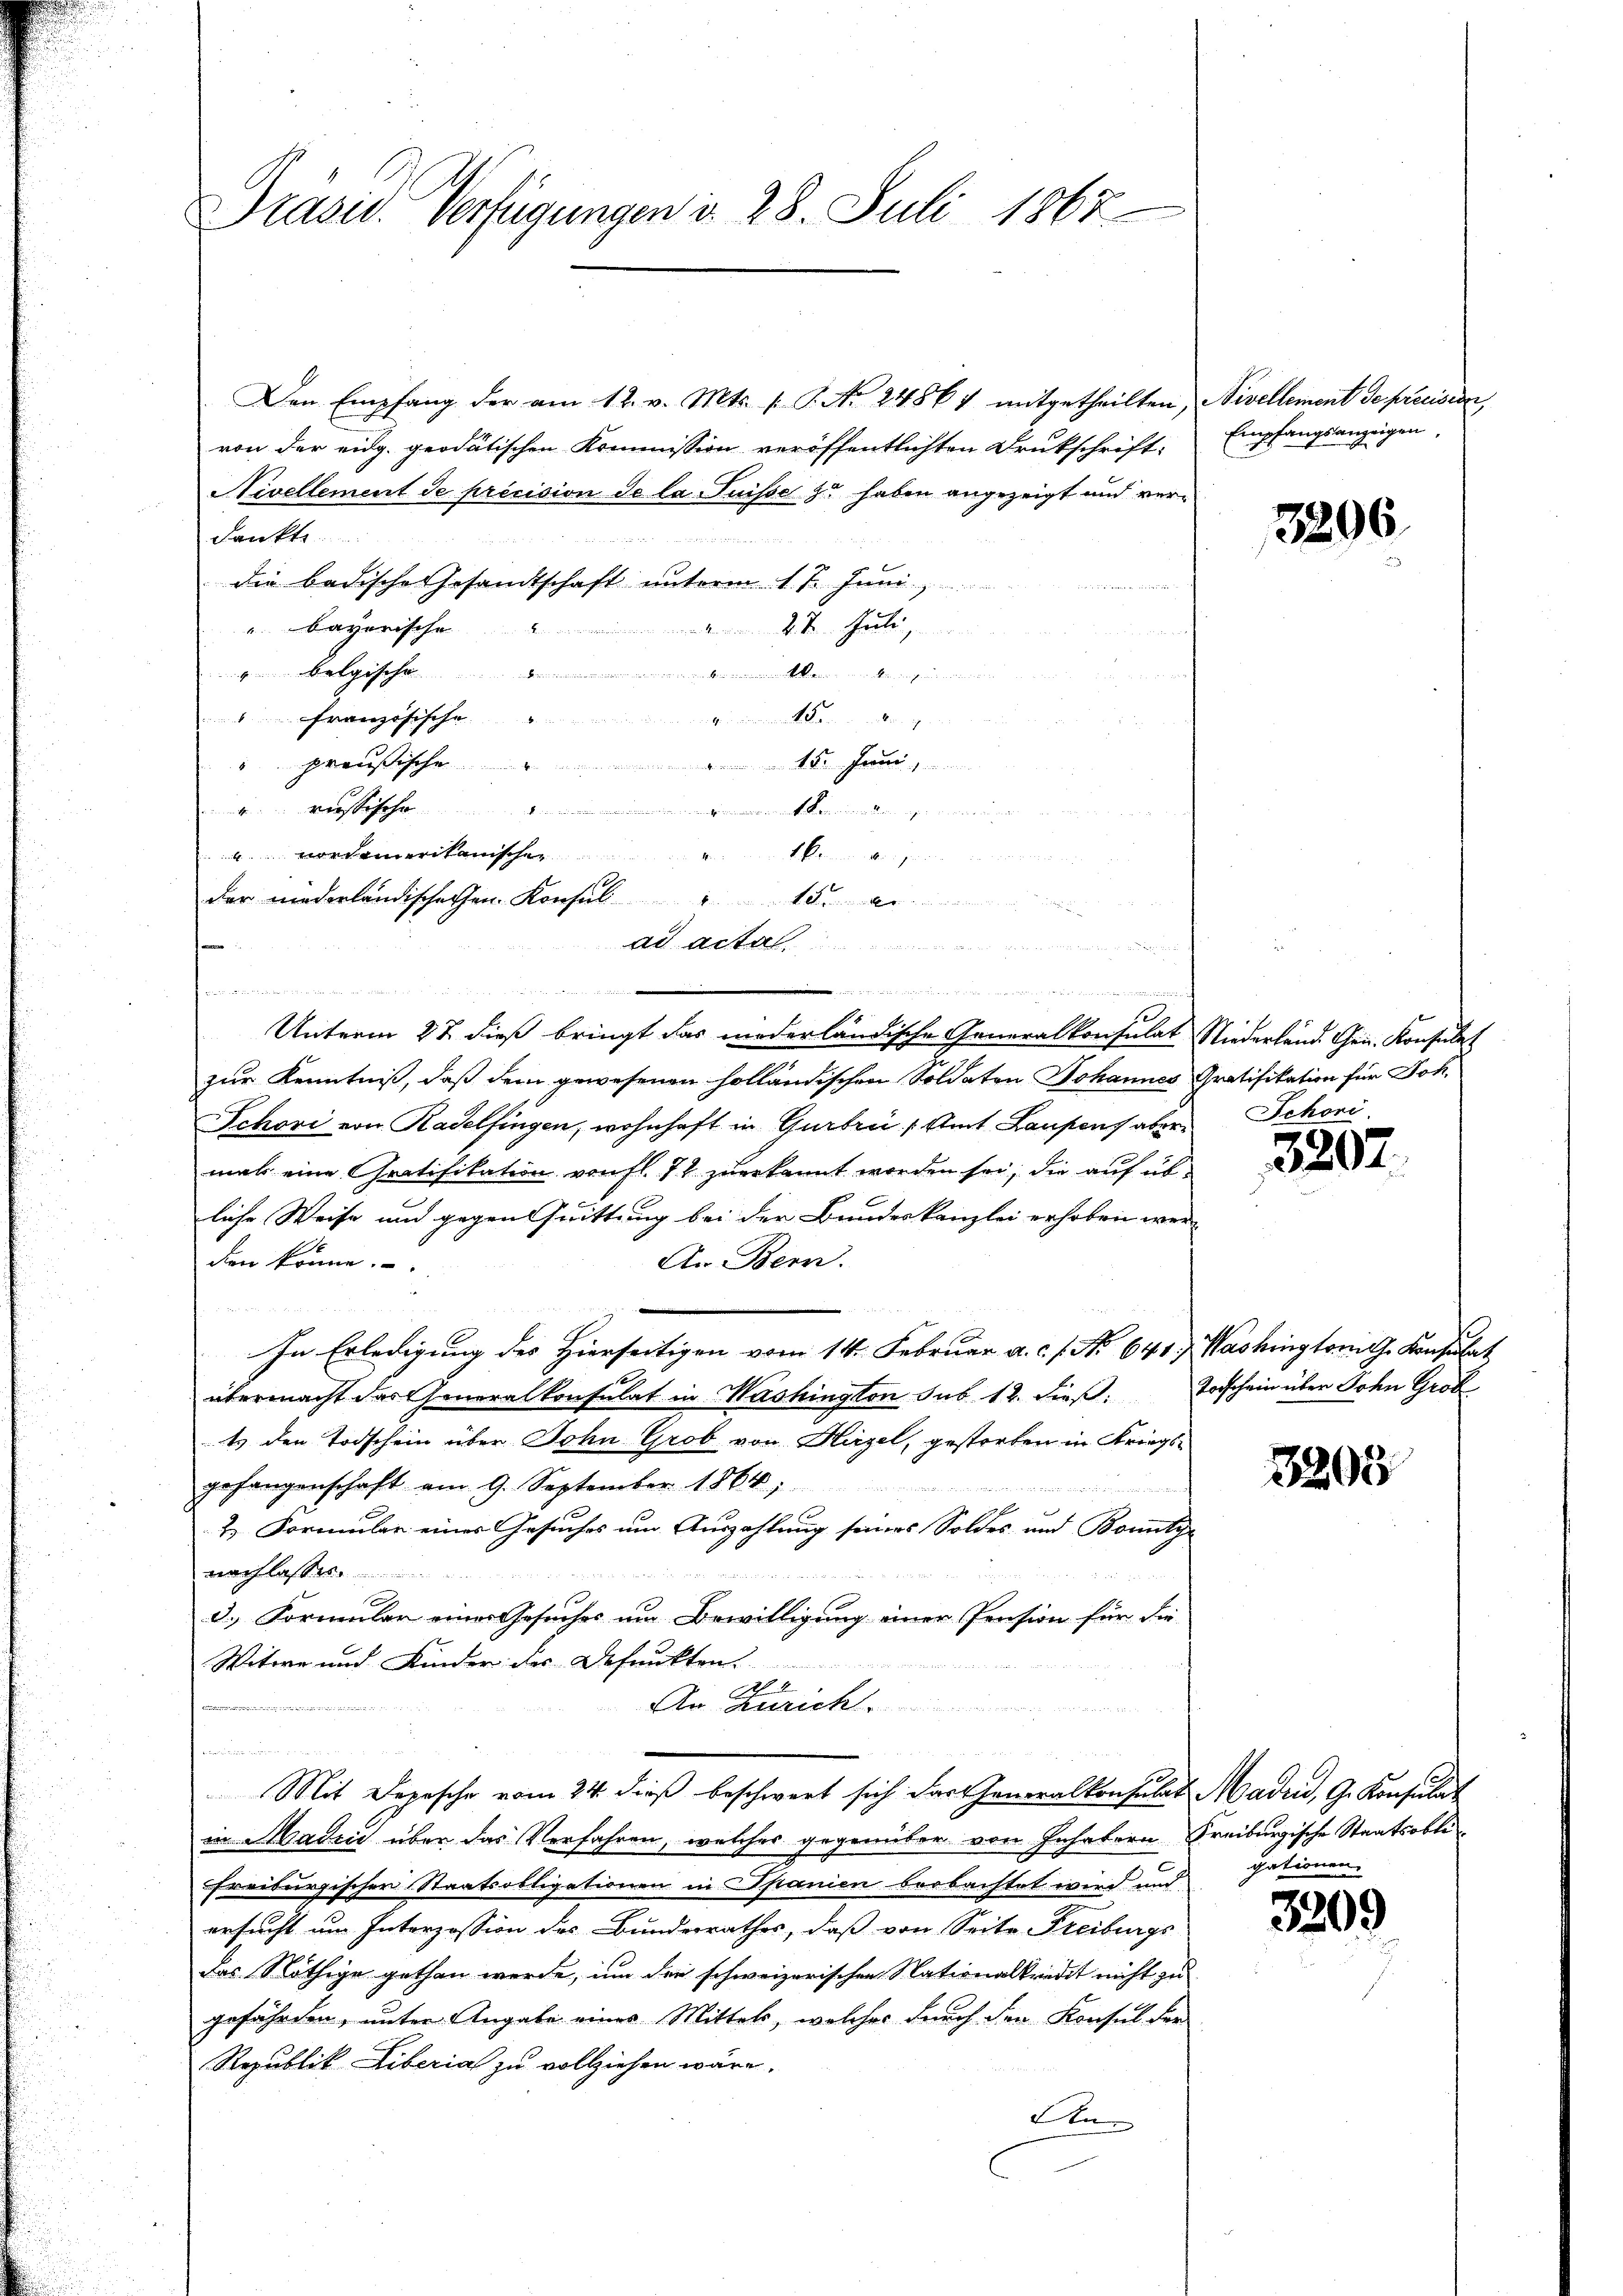
Präsid. Verfügungen d. 28. Juli 1867

Den Empfang der am 12. v. Mts. (T. No. 2486 7 mitgetheilten, Nivellement de précision,
von der eidg. geodätischen Kommission veröffentlichten Drukschrift:
Nivellement de précision de la Puisse & haben angezeigt und verdankte
die badische Gesandtschaft unterm 1. 7. Juni,
e
"bayerische
 d. M. Parte
in eine aus de
Belgische
d. Französische
" preußische 15. Juni
vordamerikanischer
n
e
Unterm 27. dieß bringt das niederländische Generalkonsulat Niederländ. Gen. Konsulat
zur Kenntniß, daß dem gewesenen holländischen Soldaten Johannes Gratifikation für Joh.
Schori von Radelfingen, wohnhaft in Gurbrü / Amt Laupens aber
mals eine Gratifikation von fl. 71 zuerkannt worden sei, die auf übliche Weise und gegen Quittung bei der Bundeskanzlei erhoben werden könne.
An Bern.
In Erledigung des Hierseitigen vom 14. Februar a.c. s. No. 641) Washingtonis. Konsulat
übermacht des Generalkonsulat in Washington sub 12. dieß: Vorschein über John Grob
ts den Todschein über John Grob von Hirzel, gestorben in Kriegsgefangenschaft am 9. September 1864;
&. Formular eines Gesuches um Auszahlung seines Soldes und Bonityr
nach lassen.
3.) Formular einer Gesuches um Bewilligung einer Pension für die
Witwe und Kinder der Befunkten.
 1
An Zürich
Mit Depesche vom 24. dieß beschwert sich das Generalkonsulat Maden, G. Konsulat
in Madri über das Verfahren, welches gegenüber von Inhabern Freiburgische Staatsobli
Freiburgischer Staatsobligationen in Spanien beobachtet wird und
ersucht um Interzession des Bundesrathes, daß von Seite Freiburgs
das Nöthige gethan werde, um der schweizerischen Nationalkredit nicht zu
gefährten, unter Angabe eines Mittels, welches durch den Konsul der
Republik Liberia zu vollziehen wäre.
Ann

ch
u der ein Mann ergen unseren
der niederländischehen Konsul " 15. an
ad acta

  und in der
 veget werden werden werden

Empfangsanzeigen,

3206.

Schoni

3207

3203

gationen.

3209